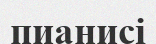
пианисі